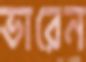
ভারেন